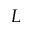
L